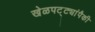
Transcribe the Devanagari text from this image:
खेळपट्ट्यांपैकी